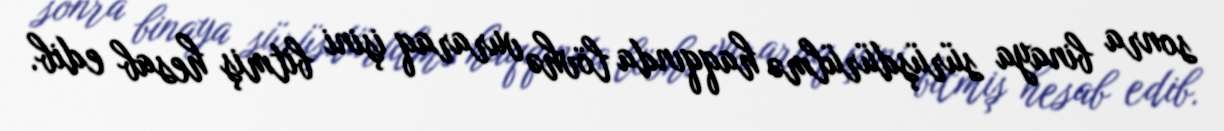
sonra binaya sürüşdürülmə haqqında lövhə vuraraq işini bitmiş hesab edib.